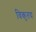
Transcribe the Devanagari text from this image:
विकृतयः